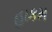
હાકમ